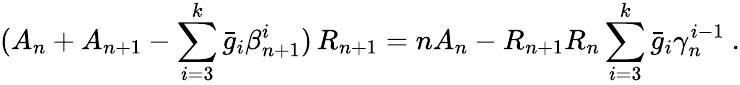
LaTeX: (A_{n}+A_{n+1}-\sum_{i=3}^{k}\bar{g}_{i}\beta_{n+1}^{i})\, R_{n+1}=nA_{n}-R_{n+1}R_{n}\sum_{i=3}^{k}\bar{g}_{i}\gamma_{n}^{i-1}\ .